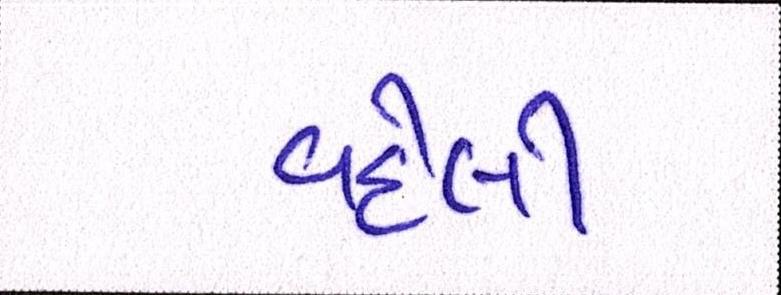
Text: વહેલી